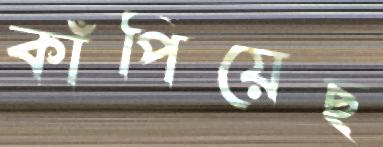
কাঁপিয়েছ